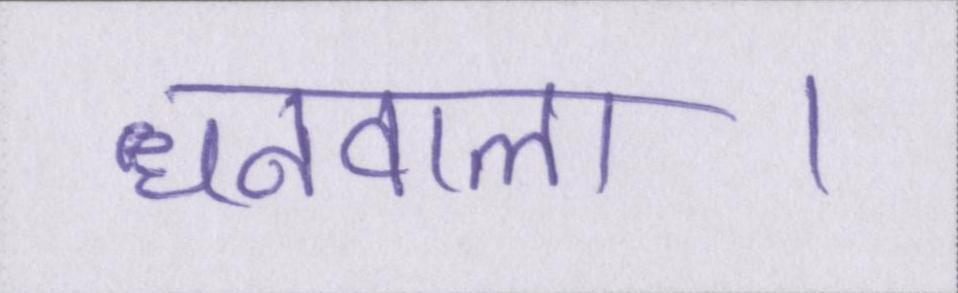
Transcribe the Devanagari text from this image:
धनवाला।